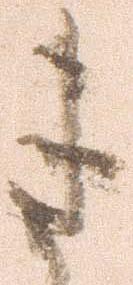
き